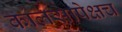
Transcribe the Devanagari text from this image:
कालसापेक्षच